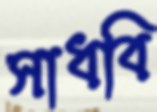
সাধবি